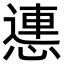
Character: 㦁